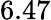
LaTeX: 6.47